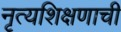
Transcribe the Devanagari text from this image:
नृत्यशिक्षणाची